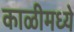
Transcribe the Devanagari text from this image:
काळीमध्ये